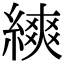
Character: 𦄍